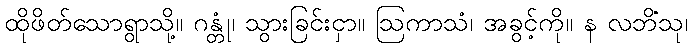
ထိုဖိတ်သောရွာသို့။ ဂန္တုံ၊ သွားခြင်းငှာ။ ဩကာသံ၊ အခွင့်ကို။ န လဘိံသု၊